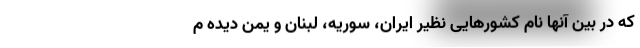
که در بین آنها نام کشورهایی نظیر ایران، سوریه، لبنان و یمن دیده م